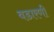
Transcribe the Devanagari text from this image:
वडारणी